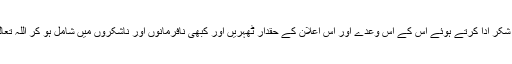
اللہ کرے کہ ہم ہمیشہ اللہ تعالیٰ کا شکر ادا کرتے ہوئے اس کے اس وعدے اور اس اعلان کے حقدار ٹھہریں اور کبھی نافرمانوں اور ناشکروں میں شامل ہو کر اللہ تعالیٰ کی ناراضگی کا موجب نہ بنیں۔